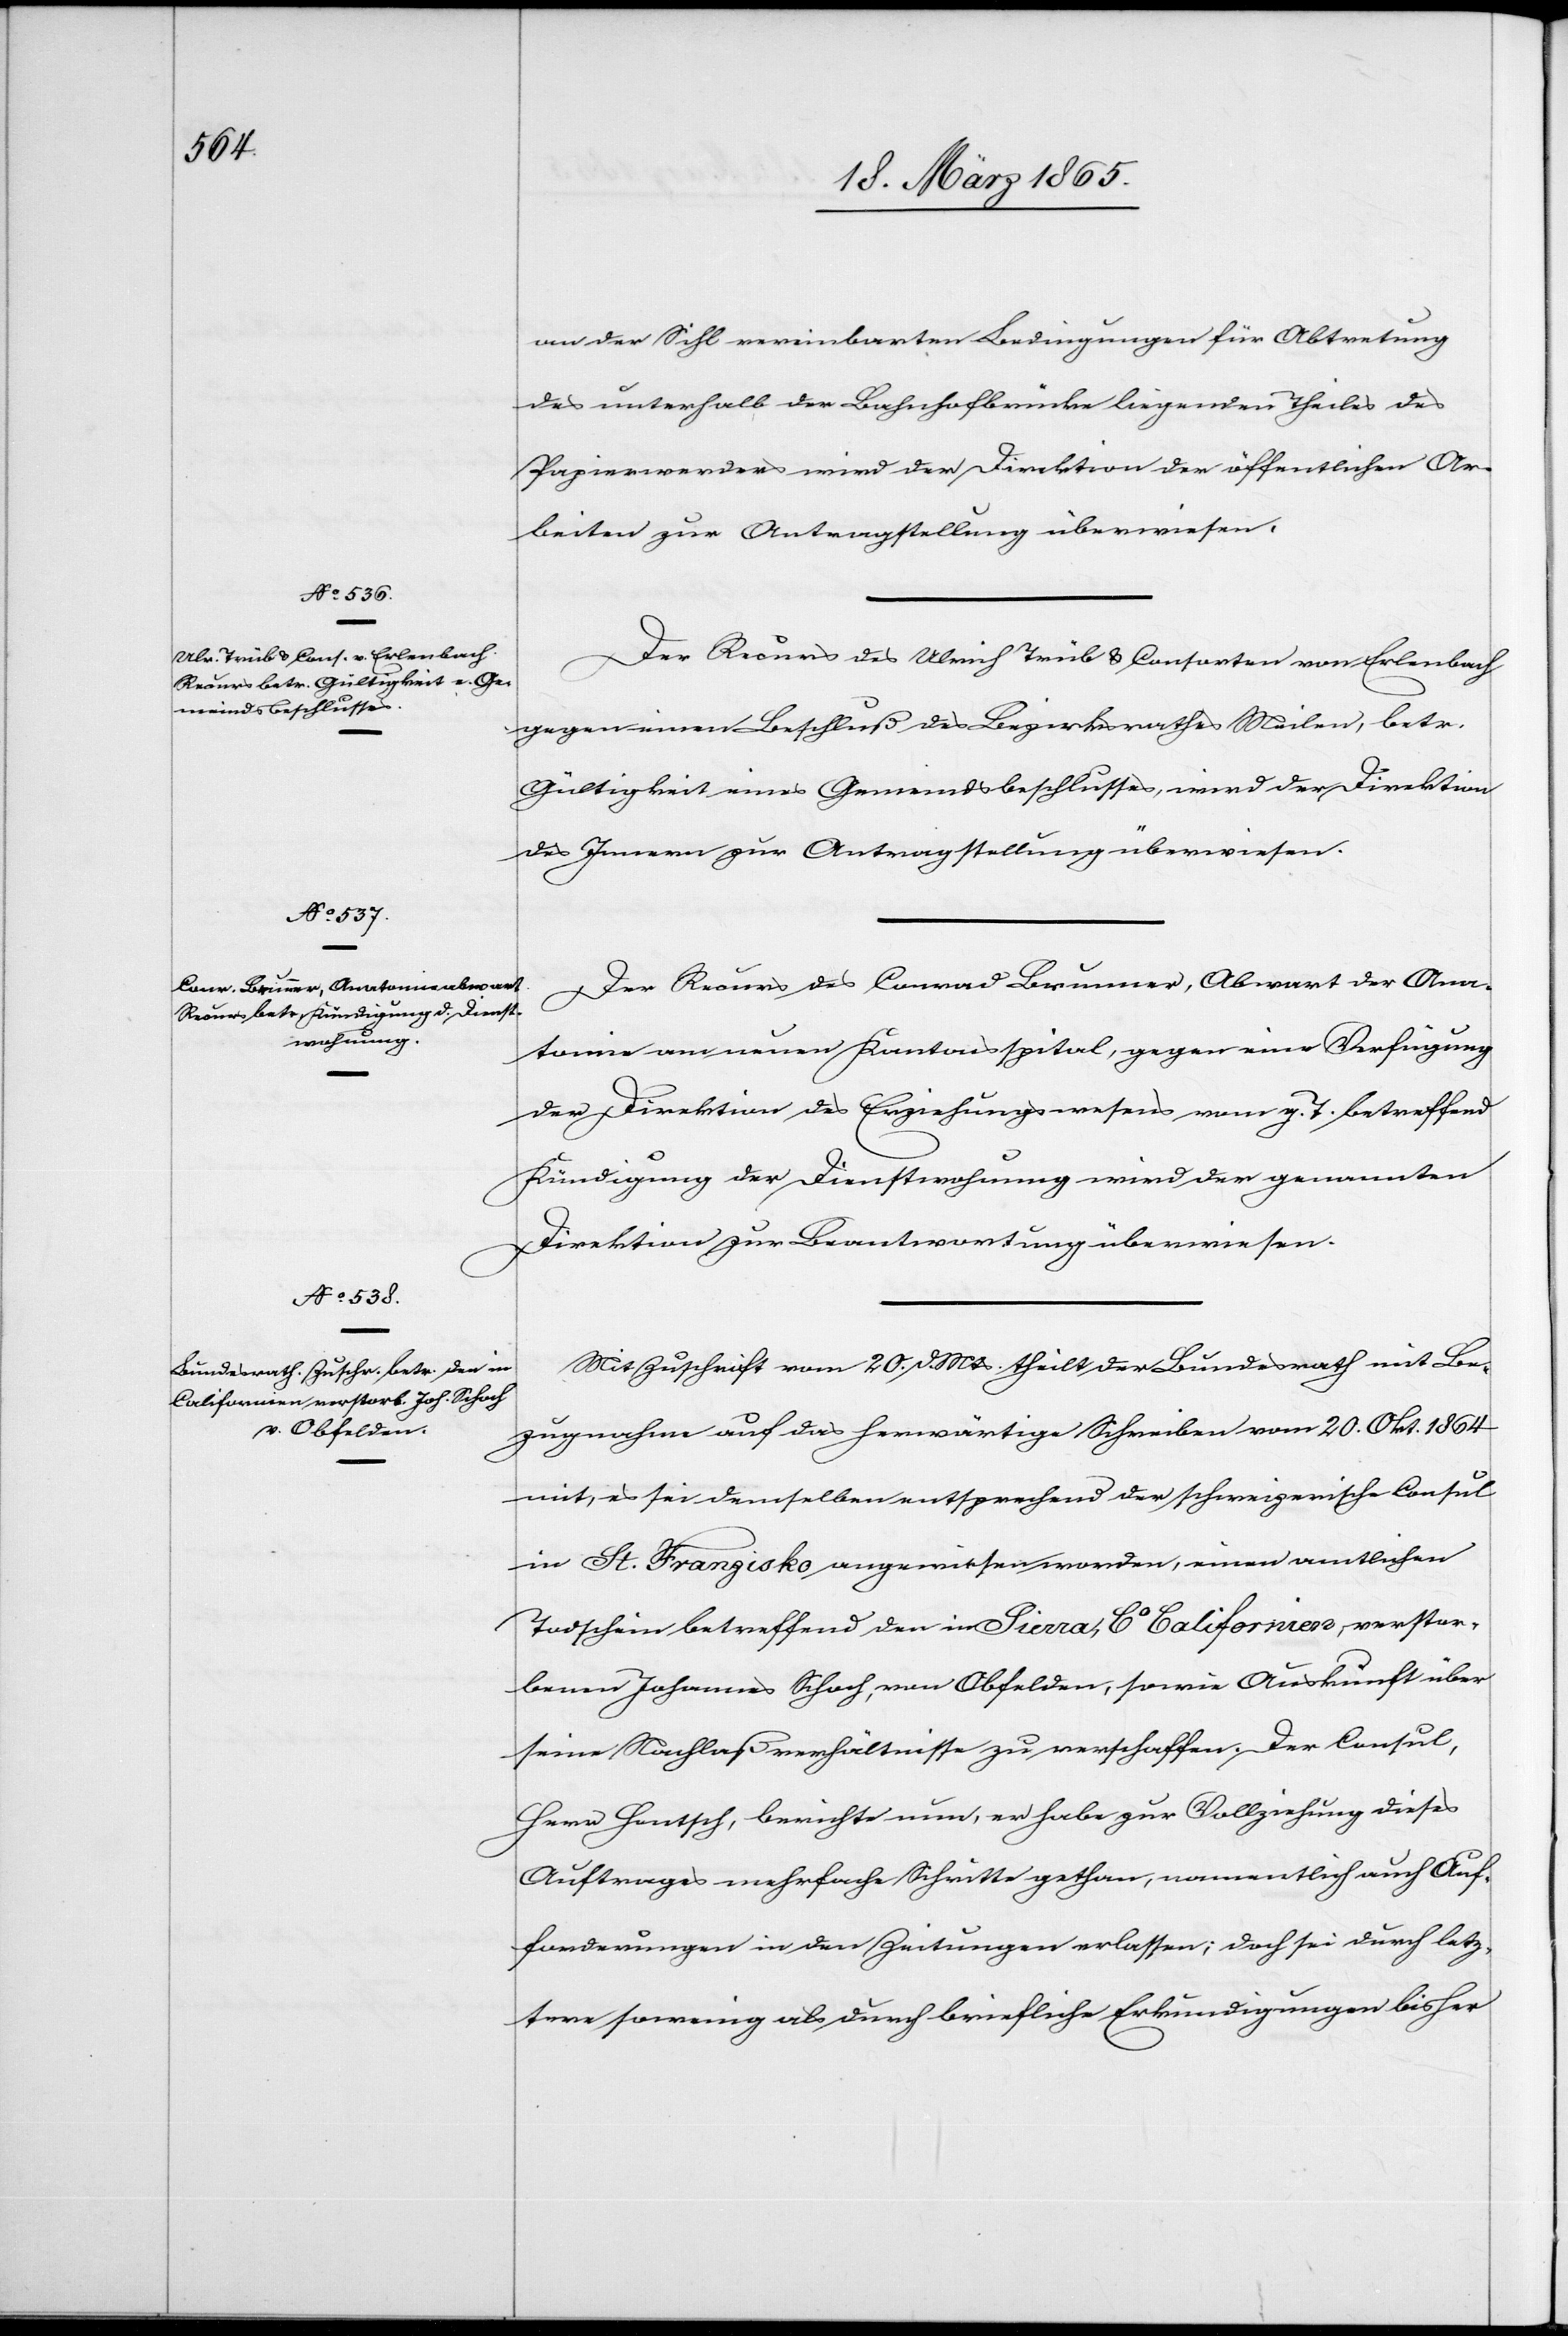
23. März 1865.]
an der Sihl vereinbarten Bedingungen für Abtretung
des unterhalb der Bahnhofbrücke liegenden Theiles des
Papierwerders wird der Direktion der öffentlichen Ar¬
beiten zur Antragstellung überwiesen.
Der Recurs des Ulrich Trüb & Consorten von Erlenbach
gegen einen Beschluß des Bezirksrathes Meilen, betr.
Gültigkeit eines Gemeindsbeschlusses, wird der Direktion
des Innern zur Antragstellung überwiesen.
Der Recurs des Conrad Brunner, Abwart der Ana¬
tomie am neuen Kantonsspital, gegen eine Verfügung
der Direktion des Erziehungswesens vom g. T. betreffend
Kündigung der Dienstwohnung wird der genannten
Direktion zur Beantwortung überwiesen.
Mit Zuschrift vom 20. d. Mts theilt der Bundesrath mit Be¬
zugnahme auf das herwärtige Schreiben vom 20. Okt. 1864
mit, es sei demselben entsprechend der schweizerische Consul
in St. Franzisko angewiesen worden, einen amtlichen
Todschein betreffend den in Sierra, Co Californien, verstor¬
benen Johannes Schoch, von Obfelden, sowie Auskünfte über
seine Nachlaßverhältnisse zu verschaffen. Der Consul,
Herr Hontsch, berichte nun, er habe zur Vollziehung dieses
Auftrages mehrfache Schritte gethan, namentlich auch Auf¬
forderungen in den Zeitungen erlassen; doch sei durch letz¬
tere sowenig als durch briefliche Erkundigungen bisher